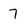
Character: 7